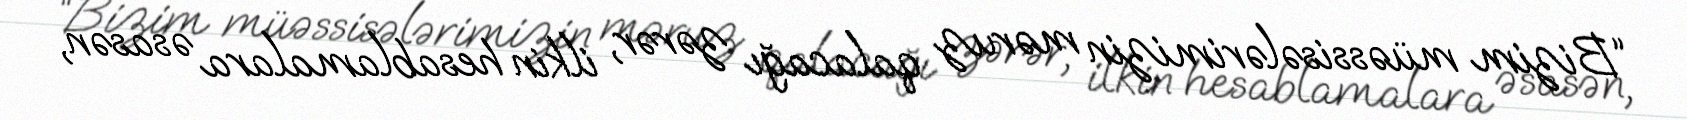
“Bizim müəssisələrimizin məruz qalacağı zərər, ilkin hesablamalara əsasən,